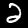
Label: 2